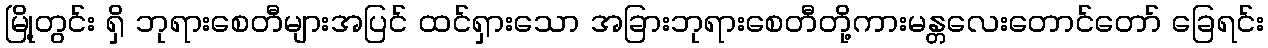
မြို့တွင်း ရှိ ဘုရားစေတီများအပြင် ထင်ရှားသော အခြားဘုရားစေတီတို့ကားမန္တလေးတောင်တော် ခြေရင်း